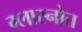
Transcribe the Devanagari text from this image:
ग्लास्नोत